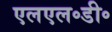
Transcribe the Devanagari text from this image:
एलएल॰डी॰